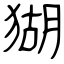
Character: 猢